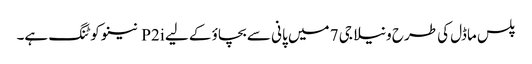
پلس ماڈل کی طرح ونیلا جی 7 میں پانی سے بچاؤ کے لیے P2i نینو کوٹنگ ہے۔